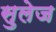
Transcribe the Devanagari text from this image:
सुलेज